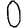
Digit: 0